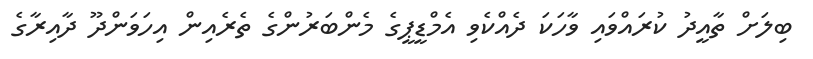
ބިލަށް ތާއީދު ކުރައްވައި ވާހަކަ ދެއްކެވި އެމްޑީޕީގެ މެންބަރުންގެ ތެރެއިން އިހަވަންދޫ ދާއިރާގެ